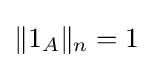
\|1_{A}\|_{n}=1